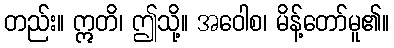
တည်း။ ဣတိ၊ ဤသို့။ အဝေါစ၊ မိန့်တော်မူ၏။